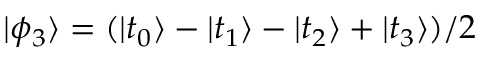
| \phi _ { 3 } \rangle = ( | t _ { 0 } \rangle - | t _ { 1 } \rangle - | t _ { 2 } \rangle + | t _ { 3 } \rangle ) / 2